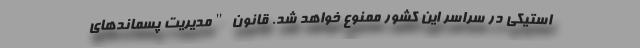
استیکی در سراسر این کشور ممنوع خواهد شد. قانون "مدیریت پسماند‌های